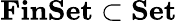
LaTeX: \mathbf{FinSet}\subset\mathbf{Set}